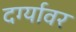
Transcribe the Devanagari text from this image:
दर्ग्यावर